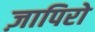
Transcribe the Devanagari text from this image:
ज़ापिरो